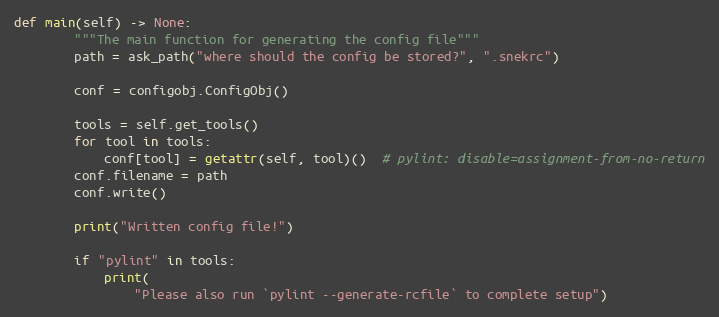
Language: Python
def main(self) -> None:
        """The main function for generating the config file"""
        path = ask_path("where should the config be stored?", ".snekrc")

        conf = configobj.ConfigObj()

        tools = self.get_tools()
        for tool in tools:
            conf[tool] = getattr(self, tool)()  # pylint: disable=assignment-from-no-return
        conf.filename = path
        conf.write()

        print("Written config file!")

        if "pylint" in tools:
            print(
                "Please also run `pylint --generate-rcfile` to complete setup")